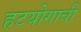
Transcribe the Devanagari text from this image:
हटयोगाची